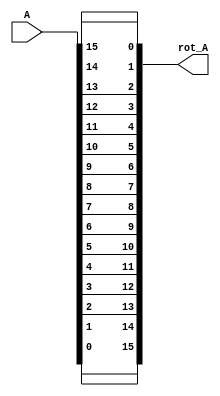
module btr(A, rot_A);

input [15:0] A;
output wire [15:0] rot_A;

assign rot_A = {A[0],A[1],A[2],A[3],A[4],A[5],A[6],A[7],A[8],A[9],A[10],A[11],A[12],A[13],A[14],A[15]};

endmodule